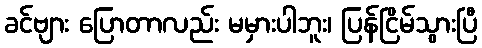
ခင်ဗျား ပြောတာလည်း မမှားပါဘူး၊ ပြန်ငြိမ်သွားပြီ